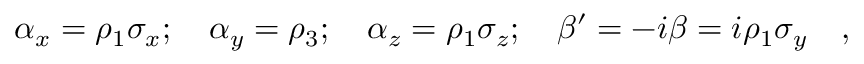
\alpha _ { x } = \rho _ { 1 } \sigma _ { x } ; \quad \alpha _ { y } = \rho _ { 3 } ; \quad \alpha _ { z } = \rho _ { 1 } \sigma _ { z } ; \quad \beta ^ { \prime } = - i \beta = i \rho _ { 1 } \sigma _ { y } \quad ,